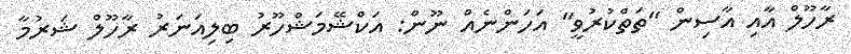
ރާހޫލް އާއި އާސިން "ތަތްކުރުވީ" އަހަންނެއް ނޫން: އަކްޝޭމަޝްހޫރު ބިލިއަނަރު ރާހޫލް ޝަރުމާ